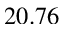
2 0 . 7 6